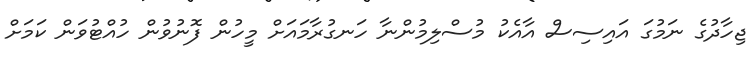
ޖިހާދުގެ ނަމުގަ އައިސިސް އާއެކު މުސްލިމުންނާ ހަނގުރާމައަށް މީހުން ފޮނުވުން ހުއްޓުވަން ކަމަށް